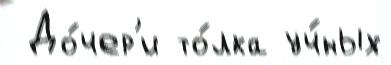
 До́чер'и то́лка уч́ных